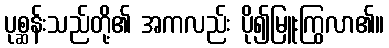
ပုစ္ဆန်းသည်တို့၏ အကလည်း ပို၍မြူးကြွလာ၏။